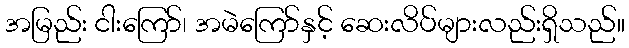
အမြည်း ငါးကြော်၊ အမဲကြော်နှင့် ဆေးလိပ်များလည်းရှိသည်။